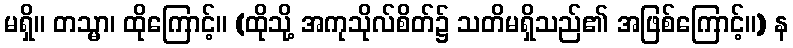
မရှိ။ တသ္မာ၊ ထိုကြောင့်။ (ထိုသို့ အကုသိုလ်စိတ်၌ သတိမရှိသည်၏ အဖြစ်ကြောင့်။) န